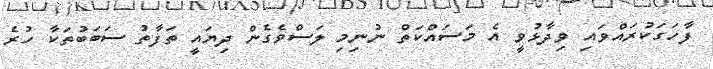
ފާހަގަކުރައްވައި ވިދާޅުވީ އެ މަސައްކަތް ނުނިމި ލަސްވެގެން ދިޔައީ ތަފާތު ސަބަބުތަކާ ހުރެ